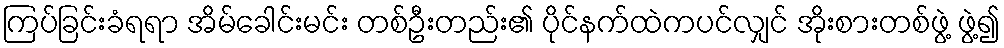
ကြပ်ခြင်းခံရရာ အိမ်ခေါင်းမင်း တစ်ဦးတည်း၏ ပိုင်နက်ထဲကပင်လျှင် အိုးစားတစ်ဖွဲ့ ဖွဲ့၍